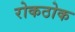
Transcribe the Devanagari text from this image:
रोकठोक